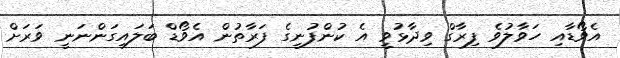
އެވޯޑާއި ހަވާލުވެ ފިރާގް ވިދާޅުވީ އެ ކުންފުނީގެ ފަރާތުން އެވޯޑް ބަލައިގަންނަނީ ވަރަށް